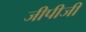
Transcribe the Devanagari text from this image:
जीपीजी